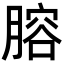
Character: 𦞳